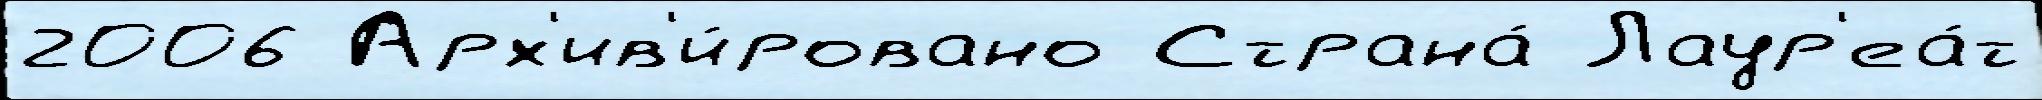
2006 Арх'ив'и́ровано Страна́ Лаур'еа́т